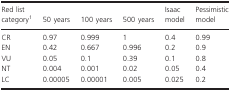
<table><thead><tr><td><b>Red list categorya</b></td><td><b>50 years</b></td><td><b>100 years</b></td><td><b>500 years</b></td><td><b>Isaac model</b></td><td><b>Pessimistic model</b></td></tr></thead><tbody><tr><td>CR</td><td>0.97</td><td>0.999</td><td>1</td><td>0.4</td><td>0.99</td></tr><tr><td>EN</td><td>0.42</td><td>0.667</td><td>0.996</td><td>0.2</td><td>0.9</td></tr><tr><td>VU</td><td>0.05</td><td>0.1</td><td>0.39</td><td>0.1</td><td>0.8</td></tr><tr><td>NT</td><td>0.004</td><td>0.001</td><td>0.02</td><td>0.05</td><td>0.4</td></tr><tr><td>LC</td><td>0.00005</td><td>0.00001</td><td>0.005</td><td>0.025</td><td>0.2</td></tr></tbody></table>